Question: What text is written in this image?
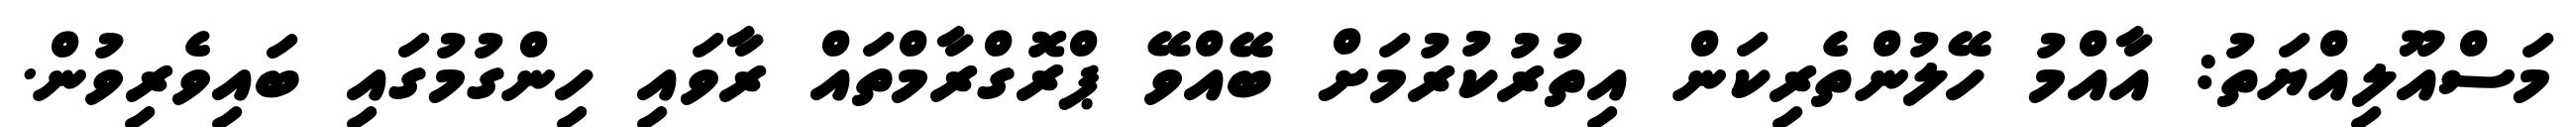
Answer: މަސްއޫލިއްޔަތު: އާއްމު ހޭލުންތެރިކަން އިތުރުކުރުމަށް ބޭއްވޭ ޕްރޮގްރާމްތައް ރާވައި ހިންގުމުގައި ބައިވެރިވުން.